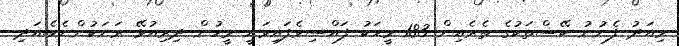
މިއަދު ފެނުނު ކޭސްތަކުގެ ތެރެއިން 183 މީހަކު ފައްސިވެފައިވަނީ މީހުން ދިރިއުޅޭ ރަށަކުންނެވެ.އަދި